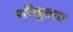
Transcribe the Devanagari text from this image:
परिश्रुता।।